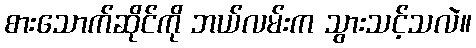
စားသောက်ဆိုင်ကို ဘယ်လမ်းက သွားသင့်သလဲ။